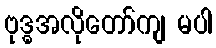
ဗုဒ္ဓအလိုတော်ကျ မပါ